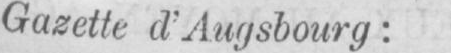
Gazette d’Augsbourg: